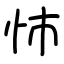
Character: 㤄